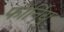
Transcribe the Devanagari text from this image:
फॉर्नियु